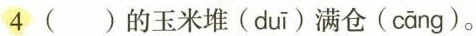
4 ()的玉米堆( duī )满仓( cāng )。